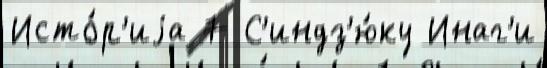
Исто́р'иjа 7 С'индз'ю́ку Инаг'и